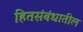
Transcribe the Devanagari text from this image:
हितसंबंधातील